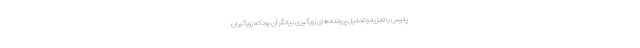
پلیس با تجزیه و تحلیل پرونده های زورگیری بیانگر آن بود که زورگیران